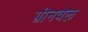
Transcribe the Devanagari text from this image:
ग्रीनवेल